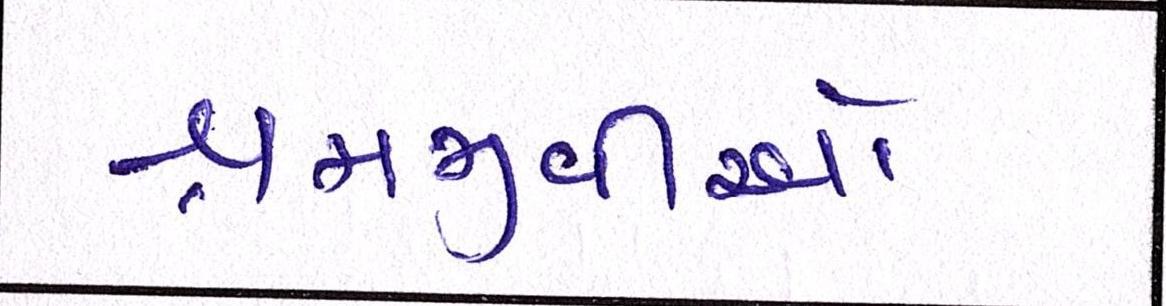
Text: શ્રમજીવીઓ